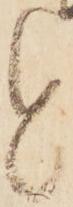
と